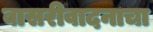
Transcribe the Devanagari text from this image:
बासरीवादनाचा